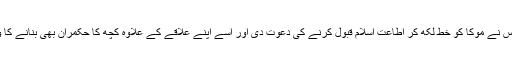
چنانچہ اس نے موکا کو خط لکھ کر اطاعت اسلام قبول کرنے کی دعوت دی اور اسے اپنے علاقے کے علاوہ کچھ کا حکمران بھی بنانے کا وعدہ کیا۔